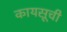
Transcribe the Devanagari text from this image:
कायसूची